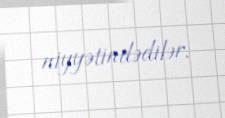
niyyətindədilər.